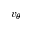
v _ { \theta }